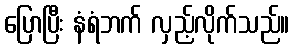
ပြောပြီး နံရံဘက် လှည့်လိုက်သည်။